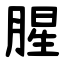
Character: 腥